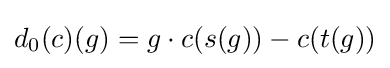
d_{0}(c)(g)=g\cdot c(s(g))-c(t(g))